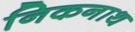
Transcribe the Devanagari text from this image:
निकनाथ